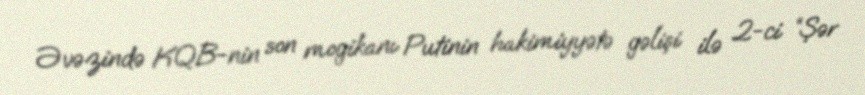
Əvəzində KQB-nin son mogikanı Putinin hakimiyyətə gəlişi ilə 2-ci “Şər